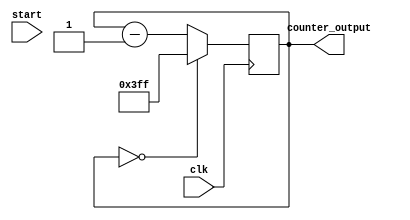
module mod512_down_counter(
  input clk, 
  input start,
  output reg [9:0] counter_output
  );
  
 
initial begin
counter_output = 10'b0;
end
 


 always @ (posedge clk)

 begin
    if(counter_output == 10'b0000000000) begin
      counter_output <= 10'b1111111111;
         end
    else begin
      counter_output = counter_output - 1'b1;
         end
  end
endmodule